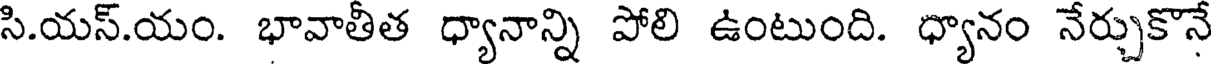
సి.యస్.యం. భావాతీత ధ్యానాన్ని పోలి ఉంటుంది. ధ్యానం నేర్చుకొనే